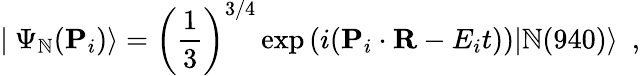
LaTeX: |~\Psi_{\mathbb{N}}({\mathbf{P}}_{i})\rangle=\left({\frac{{1}}{{3}}}\right)^{3/4}\exp\left(i({\mathbf{P}}_{i}\cdot{\mathbf{R}}-E_{i}t)\right)|\mathbb{N}(940)\rangle~~,